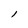
Character: l